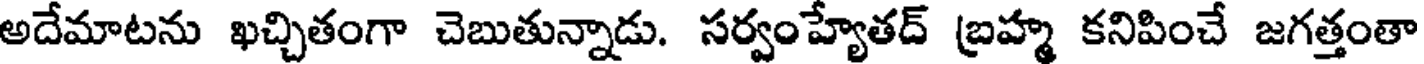
అదేమాటను ఖచ్చితంగా చెబుతున్నాడు. సర్వంహ్యేతద్ బ్రహ్మ కనిపించే జగత్తంతా